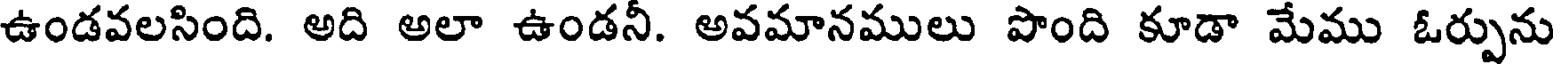
ఉండవలసింది. అది అలా ఉండనీ. అవమానములు పొంది కూడా మేము ఓర్పును